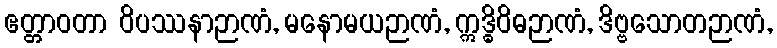
ဧတ္တာဝတာ ဝိပဿနာဉာဏံ, မနောမယဉာဏံ, ဣဒ္ဓိဝိဓဉာဏံ, ဒိဗ္ဗသောတဉာဏံ,